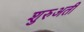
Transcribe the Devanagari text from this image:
शुरुअती